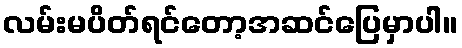
လမ်းမပိတ်ရင်တော့အဆင်ပြေမှာပါ။